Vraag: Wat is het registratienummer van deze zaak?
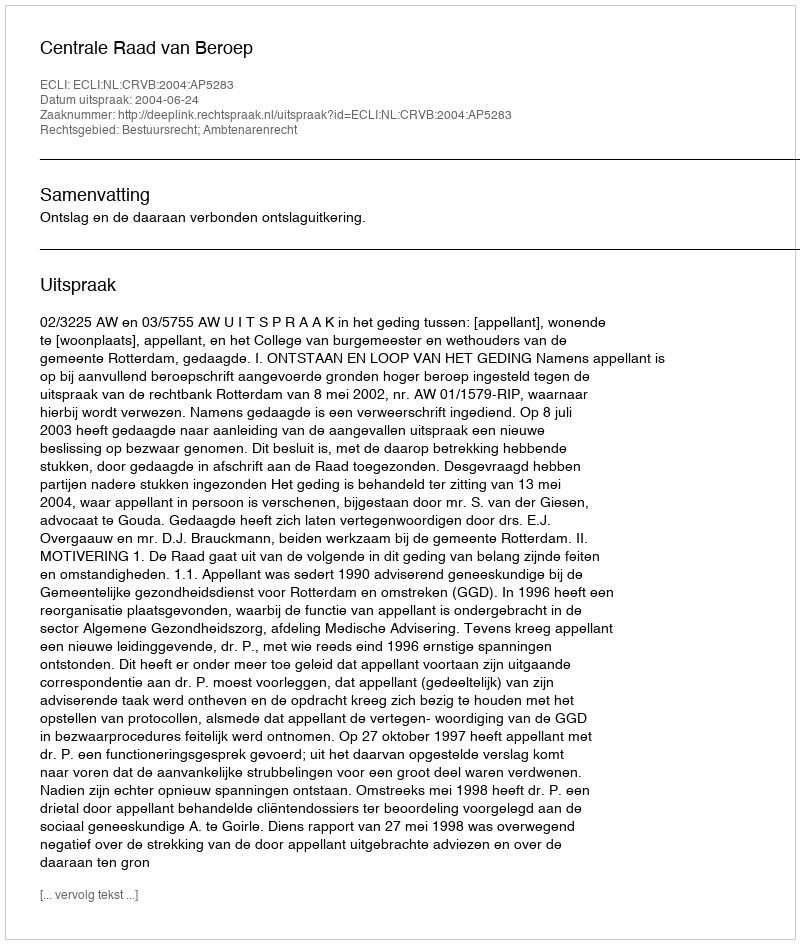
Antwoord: http://deeplink.rechtspraak.nl/uitspraak?id=ECLI:NL:CRVB:2004:AP5283